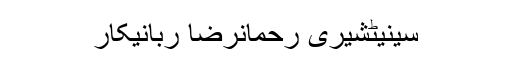
سینیٹشیری رحمانرضا ربانیکار